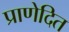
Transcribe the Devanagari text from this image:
प्राणेदित